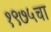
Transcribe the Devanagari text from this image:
१९७५चा